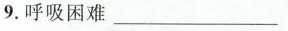
9.呼吸困难___